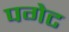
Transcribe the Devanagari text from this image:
पगेट